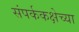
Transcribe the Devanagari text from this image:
संपर्ककक्षेच्या